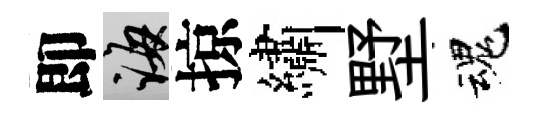
即誨掠繡墅魂